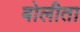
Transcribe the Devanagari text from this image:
बोलीता